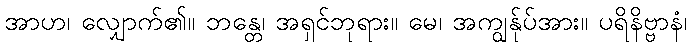
အာဟ၊ လျှောက်၏။ ဘန္တေ၊ အရှင်ဘုရား။ မေ၊ အကျွန်ုပ်အား။ ပရိနိဗ္ဗာနံ၊